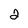
Character: 2